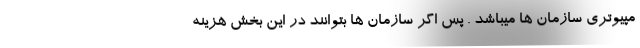
مپیوتری سازمان ها میباشد . پس اگر سازمان ها بتوانند در این بخش هزینه